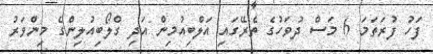
ފަހު ފުރަތަމަ 6 މަސް ދުވަހުގެ ތެރޭގައި އަލްބިއުމިން އަދި ގްލޯބިއުލިންގެ މިންވަރު